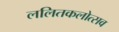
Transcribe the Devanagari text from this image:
ललितकलोत्सव